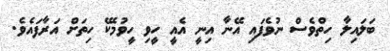
ބަލައިލާ ހިތްވެސް ނުވެފައި އޭނާ އިނީ އެއީ ހީވި ހީވުމެކޭ ހިތަށް އަރާފައެވެ.